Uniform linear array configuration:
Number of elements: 16
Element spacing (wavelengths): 1
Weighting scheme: hamming
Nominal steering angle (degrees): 15
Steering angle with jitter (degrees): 14.161
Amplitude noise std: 0.05
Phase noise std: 0.05

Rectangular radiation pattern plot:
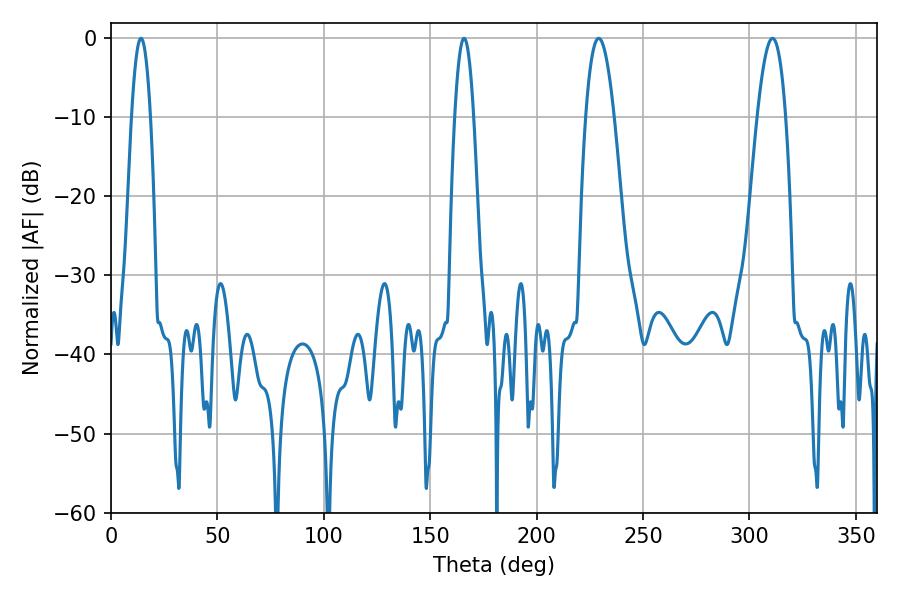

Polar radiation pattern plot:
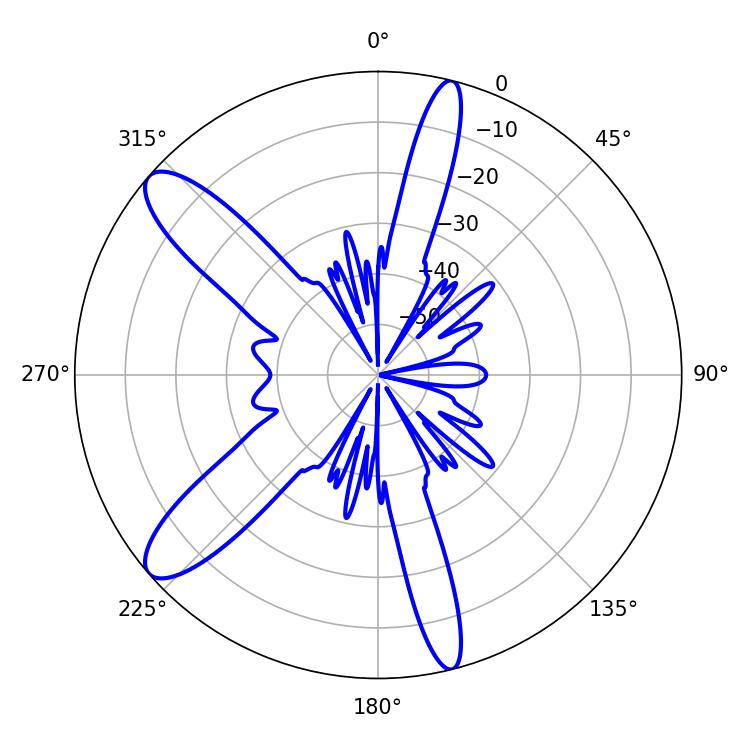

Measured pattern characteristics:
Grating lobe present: TRUE
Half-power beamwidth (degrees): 7.2
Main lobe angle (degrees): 229.14